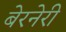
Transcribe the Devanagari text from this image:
बेरनेरी